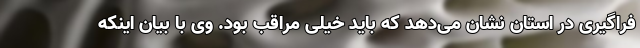
فراگیری در استان نشان می‌دهد که باید خیلی مراقب بود. وی با بیان اینکه